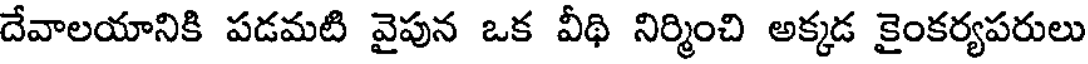
దేవాలయానికి పడమటి వైపున ఒక వీథి నిర్మించి అక్కడ కైంకర్యపరులు